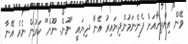
ވޭން އިންތިހާއަށް ފެންނަމުންދިޔައިރު އޭނާ ދިޔައީ "ނޫން. ނޫން" ކަރުން ނެރެ އޭނާ